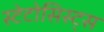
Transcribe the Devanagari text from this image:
स्टेटोसिस्ट्स